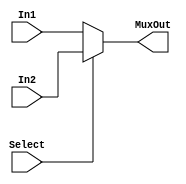
`timescale 1ns/1ns
module Mux5bit2to1(input Select, input [4:0]In1,In2, output [4:0]MuxOut);
  assign MuxOut = Select ? In2 : In1; //input 0 goes first!
endmodule